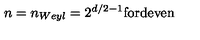
n = n _ { W e y l } = 2 ^ { d / 2 - 1 } \mathrm { f o r d e v e n }